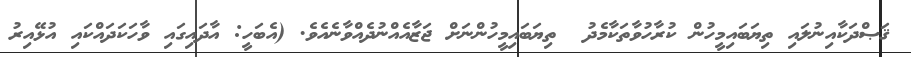
ޤަޞްދަކާއިނުލައި ތިޔަބައިމީހުން ކުރާހުވާތަކާމެދު  ތިޔަބައިމީހުންނަށް ޖަޒާއެއްނުދެއްވާނެއެވެ. (އެބަހީ: އާދައިގައި ވާހަކަދައްކައި އުޅޭއިރު